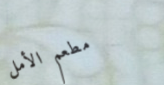
مطعم الأمل